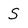
Character: S